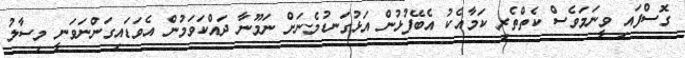
ގޮސްފައި ވީނަމަވެސް ކެތްތެރި ކަމާއެކު އެބޭފުޅުން އަޅުގަނޑުމެނަށް ނަމޫނާ ދައްކަވަމުން އެވަޑައިގަންނަވަނީ މިސާލު